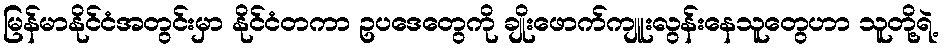
မြန်မာနိုင်ငံအတွင်းမှာ နိုင်ငံတကာ ဥပဒေတွေကို ချိုးဖောက်ကျူးလွန်းနေသူတွေဟာ သူတို့ရဲ့